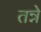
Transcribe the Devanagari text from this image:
तन्ने